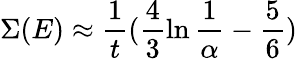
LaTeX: \Sigma(E)\approx\frac{1}{t}(\frac{4}{3}\ln\frac{1}{\alpha}-\frac{5}{6})